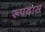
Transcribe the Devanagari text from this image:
रूपदास